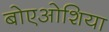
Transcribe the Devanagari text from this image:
बोएओशिया